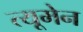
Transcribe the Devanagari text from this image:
त्यूमेन